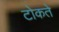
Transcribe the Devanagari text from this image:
टोकते